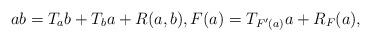
LaTeX: \begin{align*}a b = T_a b + T_b a + R(a,b),F(a) = T_{F'(a)} a + R_F(a),\end{align*}